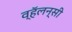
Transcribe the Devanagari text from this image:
व्हॅलन्सी